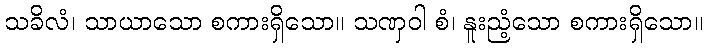
သခိလံ၊ သာယာသော စကားရှိသော။ သဏှဝါ စံ၊ နူးညံ့သော စကားရှိသော။